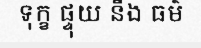
ទុក្ខ ផ្ទុយ នឹង ធម៌